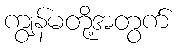
ကျွန်မတို့အတွက်